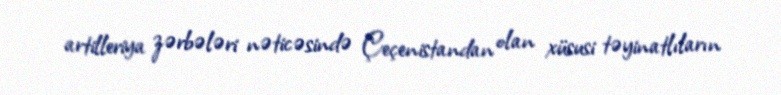
artilleriya zərbələri nəticəsində Çeçenistandan olan xüsusi təyinatlıların